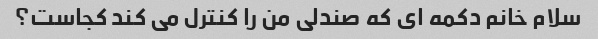
سلام خانم دکمه ای که صندلی من را کنترل می کند کجاست؟